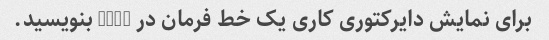
برای نمایش دایرکتوری کاری یک خط فرمان در Bash بنویسید.